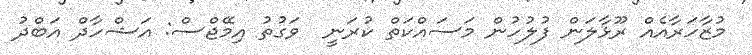
މުޒާހަރާއެއް ރޫޅާލަން ފުލުހުން މަސައްކަތް ކުރަނީ  ވަގުތު އިމޭޖްސް: އަޝްހާދް އަބްދު